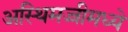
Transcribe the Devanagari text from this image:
अस्थिमज्जीमध्ये